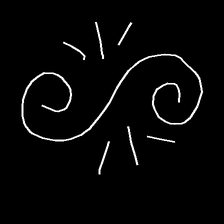
Glyph: wind-directs-air